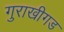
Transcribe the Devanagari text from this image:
गुराखीगड